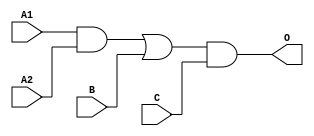
module MJGB211A(A1, A2, B, C, O);
input   A1;
input   A2;
input   B;
input   C;
output  O;
and g0(w1, A1, A2);
or g1(w0, w1, B);
and g2(O, w0, C);
endmodule